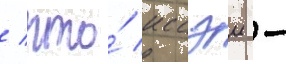
/ что́ иссэи -